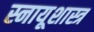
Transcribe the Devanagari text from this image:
स्नायूशास्त्र